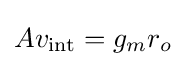
Av_{\text{int}}=g_{m}r_{o}